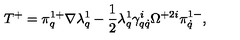
T ^ { + } = \pi _ { q } ^ { 1 + } \nabla \lambda _ { q } ^ { 1 } - \frac 1 2 \lambda _ { q } ^ { 1 } \gamma _ { q \dot { q } } ^ { i } \Omega ^ { + 2 i } \pi _ { \dot { q } } ^ { 1 - } ,